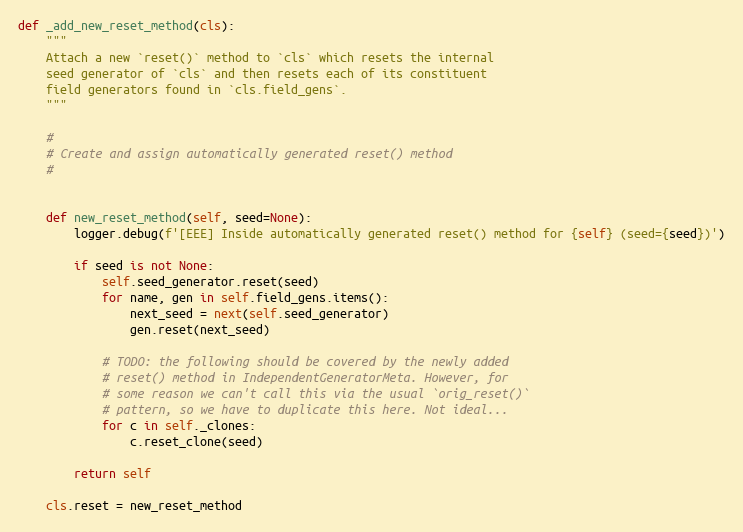
Language: Python
def _add_new_reset_method(cls):
    """
    Attach a new `reset()` method to `cls` which resets the internal
    seed generator of `cls` and then resets each of its constituent
    field generators found in `cls.field_gens`.
    """

    #
    # Create and assign automatically generated reset() method
    #

    def new_reset_method(self, seed=None):
        logger.debug(f'[EEE] Inside automatically generated reset() method for {self} (seed={seed})')

        if seed is not None:
            self.seed_generator.reset(seed)
            for name, gen in self.field_gens.items():
                next_seed = next(self.seed_generator)
                gen.reset(next_seed)

            # TODO: the following should be covered by the newly added
            # reset() method in IndependentGeneratorMeta. However, for
            # some reason we can't call this via the usual `orig_reset()`
            # pattern, so we have to duplicate this here. Not ideal...
            for c in self._clones:
                c.reset_clone(seed)

        return self

    cls.reset = new_reset_method